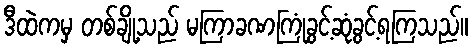
ဒီထဲကမှ တစ်ချို့သည် မကြာခဏကြုံခွင့်ဆုံခွင့်ရကြသည်။